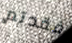
فقدتم